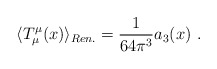
\begin{align*}\langle T_\mu^\mu(x)\rangle_{Ren.}=\frac1{64\pi^3}a_3(x) \ .\end{align*}